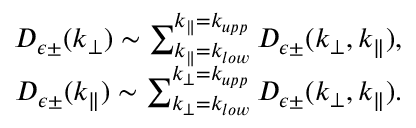
\begin{array} { r } { D _ { \epsilon \pm } ( k _ { \perp } ) \sim \sum _ { k _ { \parallel } = k _ { l o w } } ^ { k _ { \parallel } = k _ { u p p } } D _ { \epsilon \pm } ( k _ { \perp } , k _ { \parallel } ) , } \\ { D _ { \epsilon \pm } ( k _ { \parallel } ) \sim \sum _ { k _ { \perp } = k _ { l o w } } ^ { k _ { \perp } = k _ { u p p } } D _ { \epsilon \pm } ( k _ { \perp } , k _ { \parallel } ) . } \end{array}